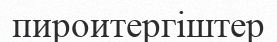
пироитергіштер